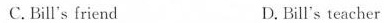
C.Bill's friend D. Bill's teacher